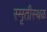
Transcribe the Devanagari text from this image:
स्मृतीस्थळ